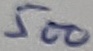
Text: 500